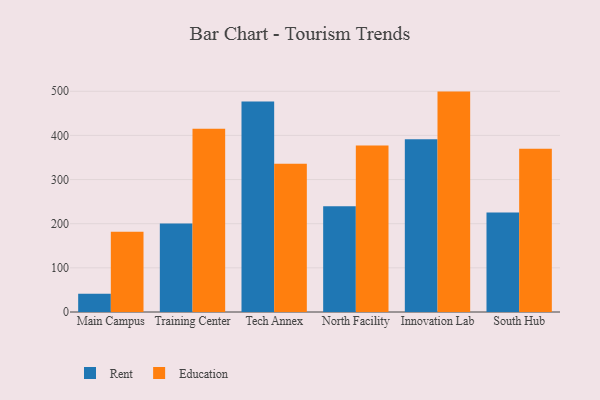
{"axis": {"x": "Campus", "y": "Humidity (%)"}, "legend": ["Education", "Rent"], "data": [{"x": "Main Campus", "y": 41.4, "type": "Rent"}, {"x": "Main Campus", "y": 181.5, "type": "Education"}, {"x": "Training Center", "y": 200.6, "type": "Rent"}, {"x": "Training Center", "y": 415.2, "type": "Education"}, {"x": "Tech Annex", "y": 476.5, "type": "Rent"}, {"x": "Tech Annex", "y": 336.0, "type": "Education"}, {"x": "North Facility", "y": 239.6, "type": "Rent"}, {"x": "North Facility", "y": 377.1, "type": "Education"}, {"x": "Innovation Lab", "y": 391.0, "type": "Rent"}, {"x": "Innovation Lab", "y": 499.2, "type": "Education"}, {"x": "South Hub", "y": 225.6, "type": "Rent"}, {"x": "South Hub", "y": 369.5, "type": "Education"}]}